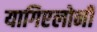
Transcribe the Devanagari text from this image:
यागिएलोनी